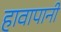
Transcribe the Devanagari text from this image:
हावापानी